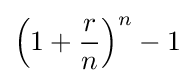
\left(1+{\frac {r}{n}}\right)^{n}-1